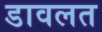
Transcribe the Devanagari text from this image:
डावलत